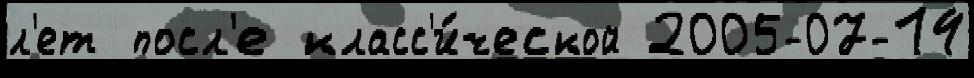
л'ет посл'е класс'и́ческой 2005-07-14